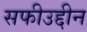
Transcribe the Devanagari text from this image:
सफीउद्दीन